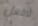
لافعل